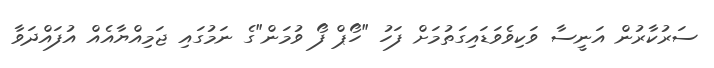
ސަރުކާރުން އަނީސާ ވަކިވެވަޑައިގަތުމަށް ފަހު "ހޯޕް ފޯ ވުމަން"ގެ ނަމުގައި ޖަމިއްޔާއެއް އުފައްދަވާ